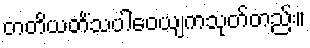
တတိယတိံသပါဝေယျကသုတ်တည်း။